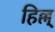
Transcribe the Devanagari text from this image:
हिल्ल्